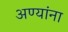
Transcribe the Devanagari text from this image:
अण्यांना